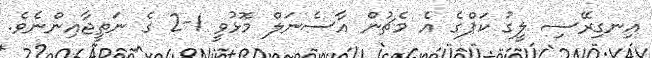
އިނގިރޭސި ލީގު ކަޕްގެ އެ މެޗުން އާސެނަލް މޮޅުވީ 1-2 ގެ ނަތީޖާއިންނެވެ.